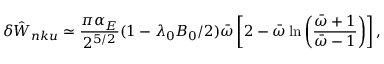
\delta { \hat { W } } _ { n k u } \simeq \frac { \pi \alpha _ { E } } { 2 ^ { 5 / 2 } } ( 1 - \lambda _ { 0 } B _ { 0 } / 2 ) { \bar { \omega } } \left[ 2 - { \bar { \omega } } \ln \left( \frac { { \bar { \omega } } + 1 } { { \bar { \omega } } - 1 } \right) \right] ,